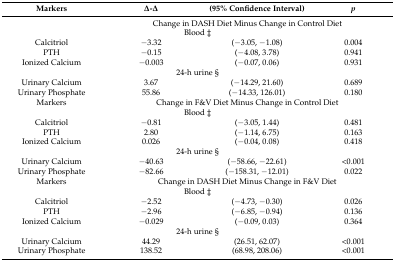
<table><thead><tr><td><b>Markers</b></td><td><b>Δ-Δ</b></td><td><b>(95% Confidence Interval)</b></td><td><b><i>p</i></b></td></tr></thead><tbody><tr><td></td><td colspan="3">Change in DASH Diet Minus Change in Control Diet</td></tr><tr><td colspan="4">Blood ‡</td></tr><tr><td>Calcitriol</td><td>−3.32</td><td>(−3.05, −1.08)</td><td>0.004</td></tr><tr><td>PTH</td><td>−0.15</td><td>(−4.08, 3.78)</td><td>0.941</td></tr><tr><td>Ionized Calcium</td><td>−0.003</td><td>(−0.07, 0.06)</td><td>0.931</td></tr><tr><td colspan="4">24-h urine §</td></tr><tr><td>Urinary Calcium</td><td>3.67</td><td>(−14.29, 21.60)</td><td>0.689</td></tr><tr><td>Urinary Phosphate</td><td>55.86</td><td>(−14.33, 126.01)</td><td>0.180</td></tr><tr><td>Markers</td><td colspan="3">Change in F&amp;V Diet Minus Change in Control Diet</td></tr><tr><td colspan="4">Blood ‡</td></tr><tr><td>Calcitriol</td><td>−0.81</td><td>(−3.05, 1.44)</td><td>0.481</td></tr><tr><td>PTH</td><td>2.80</td><td>(−1.14, 6.75)</td><td>0.163</td></tr><tr><td>Ionized Calcium</td><td>0.026</td><td>(−0.04, 0.08)</td><td>0.418</td></tr><tr><td colspan="4">24-h urine §</td></tr><tr><td>Urinary Calcium</td><td>−40.63</td><td>(−58.66, −22.61)</td><td>&lt;0.001</td></tr><tr><td>Urinary Phosphate</td><td>−82.66</td><td>(−158.31, −12.01)</td><td>0.022</td></tr><tr><td>Markers</td><td colspan="3">Change in DASH Diet Minus Change in F&amp;V Diet</td></tr><tr><td colspan="4">Blood ‡</td></tr><tr><td>Calcitriol</td><td>−2.52</td><td>(−4.73, −0.30)</td><td>0.026</td></tr><tr><td>PTH</td><td>−2.96</td><td>(−6.85, −0.94)</td><td>0.136</td></tr><tr><td>Ionized Calcium</td><td>−0.029</td><td>(−0.09, 0.03)</td><td>0.364</td></tr><tr><td colspan="4">24-h urine §</td></tr><tr><td>Urinary Calcium</td><td>44.29</td><td>(26.51, 62.07)</td><td>&lt;0.001</td></tr><tr><td>Urinary Phosphate</td><td>138.52</td><td>(68.98, 208.06)</td><td>&lt;0.001</td></tr></tbody></table>